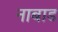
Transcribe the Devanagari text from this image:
नाबाड